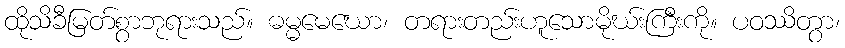
ထိုသိခီမြတ်စွာဘုရားသည်။ ဓမ္မမေဃော၊ တရားတည်းဟူသောမိုဃ်းကြီးကို။ ပဝဿိတွာ၊